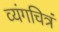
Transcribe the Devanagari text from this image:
व्यंगचित्रं